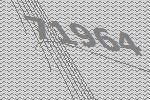
71964